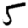
Digit: 5